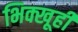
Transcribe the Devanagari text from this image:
भिक्खूही